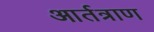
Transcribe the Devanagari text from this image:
आर्तत्राण